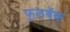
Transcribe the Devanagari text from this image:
फुलबॅक